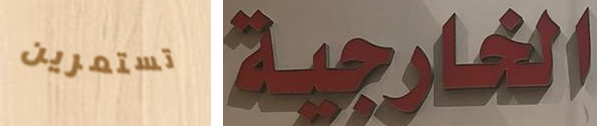
تستمرين الخارجية